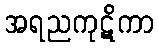
အရညကုဋိကာ